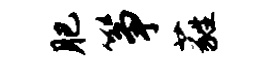
肥筝蕤